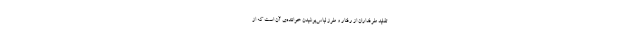
تقلید طرفداران از رفتار و طرز لباس‌پوشیدن خواننده‌ی آن است که از